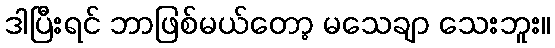
ဒါပြီးရင် ဘာဖြစ်မယ်တော့ မသေချာ သေးဘူး။